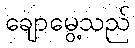
ချောမွေ့သည်